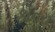
કાનરા